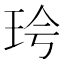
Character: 𪻖